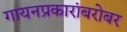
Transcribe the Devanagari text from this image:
गायनप्रकारांबरोबर